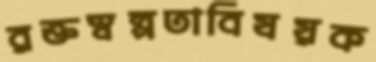
রক্তস্বল্পতাবিষয়ক